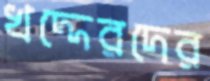
খদ্দেরদের